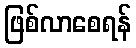
ဖြစ်လာစေရန်